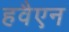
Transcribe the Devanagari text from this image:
हवैएन